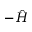
- \hat { H }